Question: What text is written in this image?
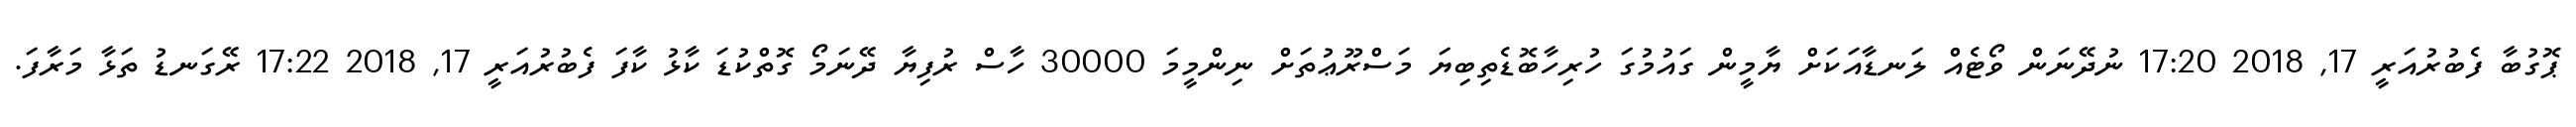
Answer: ޕޮގުބާ ފެބުރުއަރީ 17, 2018 17:20 ނުދޭނަން ވޯޓެއް ލަނޑާއަކަށް ޔާމީން ގައުމުގަ ހުރިހާބޮޑެތިބިޔަ މަސްރޫޢުތަށް ނިންމީމަ 30000 ހާސް ރުފިޔާ ދޭނަމޯ ގޮތްކުޑަ ކާޅު ކާފަ ފެބުރުއަރީ 17, 2018 17:22 ރޭގަނޑު ތަޅާ މަރާފަ.